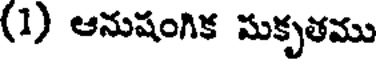
(1) ఆనుషంగిక మకృతము